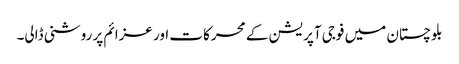
بلوچستان میں فوجی آپریشن کے محرکات اور عزائم پر روشنی ڈالی۔